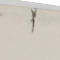
١